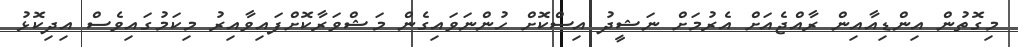
މިގޮތުން އިންޑިއާއިން ރާއްޖެއަށް އެރުމަށް ނަޝީދު އިސްކޮށް ހުންނަވައިގެން މަޝްވަރާކޮށްފައިވާއިރު މިކަމުގައިވެސް އިދިކޮޅު